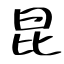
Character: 昆